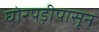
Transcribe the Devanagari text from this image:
घोरपड़ीपासून